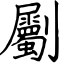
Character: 劚